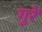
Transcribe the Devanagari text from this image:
गुरें